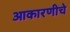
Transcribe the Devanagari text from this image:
आकारणीचे